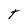
Character: t